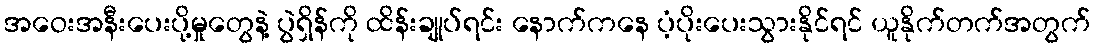
အဝေးအနီးပေးပို့မှုတွေနဲ့ ပွဲရှိန်ကို ထိန်းချုပ်ရင်း နောက်ကနေ ပံ့ပိုးပေးသွားနိုင်ရင် ယူနိုက်တက်အတွက်